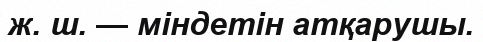
ж. ш. — міндетін атқарушы.